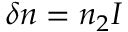
\delta n = n _ { 2 } I